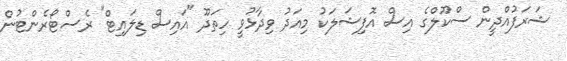
ޝަރަފުއްދީން ސްކޫލްގެ އިސް އޮފިޝަލަކު މިއަދު ވިދާޅުވީ ހިތަދޫ "އައިސް ޑިލައިޓް" ރެސްޓޯރެންޓުން